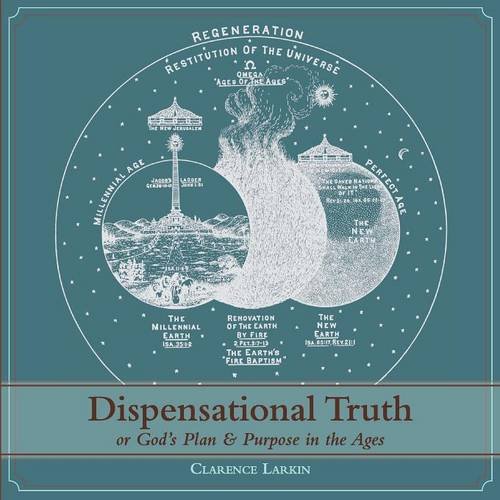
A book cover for Dispensational Truth [with Full Size Illustrations], or God's Plan and Purpose in the Ages; Clarence Larkin; Christian Books & Bibles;